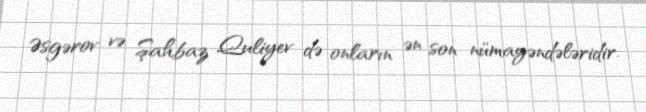
Əsgərov və Şahbaz Quliyev də onların ən son nümayəndələridir.